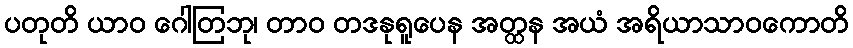
ပတုတိ ယာဝ ဂေါတြဘု၊ တာဝ တဒနုရူပေန အတ္ထန အယံ အရိယာသာဝကောတိ